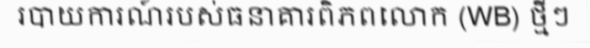
របាយការណ៍របស់ធនាគារពិភពលោក (WB) ថ្មីៗ